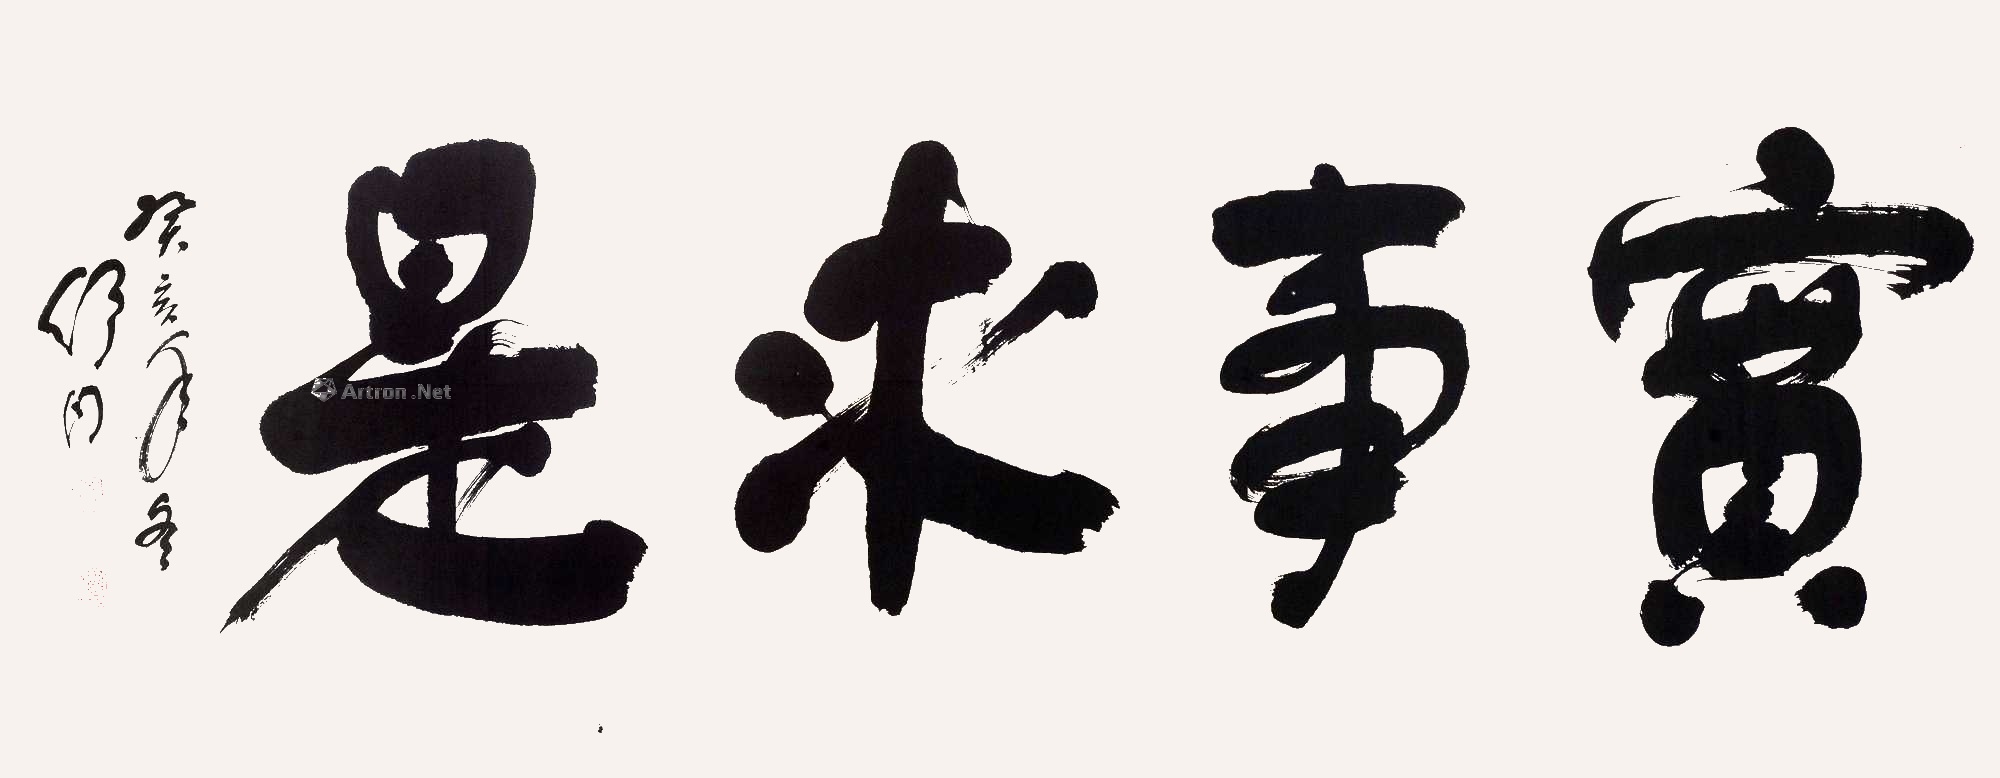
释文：实事求是癸亥年冬舒同。